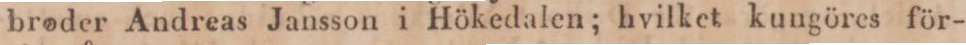
broder Andreas Jansson i Hökedalen; hvilket kungöres för-